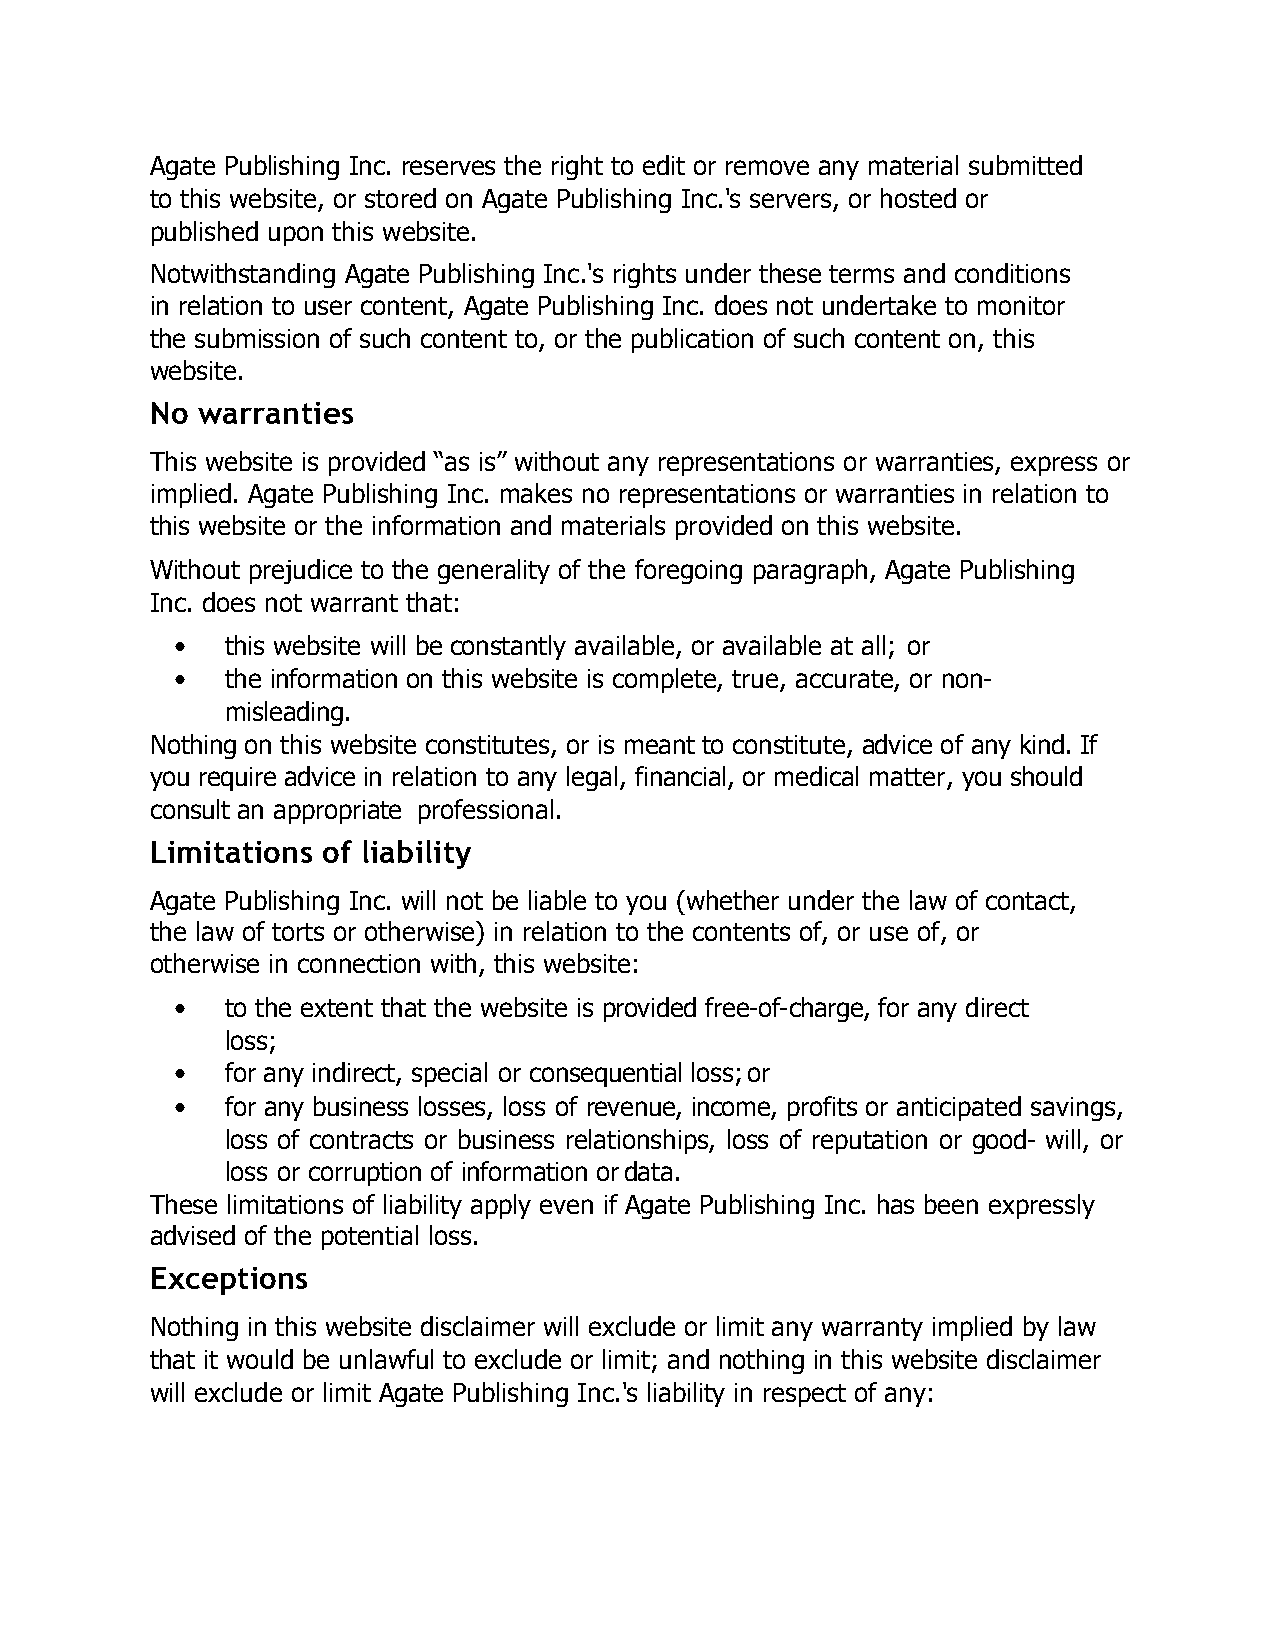
Agate Publishing Inc. reserves the right to edit or remove any material submitted
 to this website, or stored on Agate Publishing Inc.'s servers, or hosted or
 published upon this website.
 Notwithstanding Agate Publishing Inc.'s rights under these terms and conditions
 in relation to user content, Agate Publishing Inc. does not undertake to monitor
 the submission of such content to, or the publication of such content on, this
 website.
 No warranties
 This website is provided “as is” without any representations or warranties, express or
 implied. Agate Publishing Inc. makes no representations or warranties in relation to
 this website or the information and materials provided on this website.
 Without prejudice to the generality of the foregoing paragraph, Agate Publishing
 Inc. does not warrant that:
 •   this website will be constantly available, or available at all; or
 •   the information on this website is complete, true, accurate, or non-
 misleading.
 Nothing on this website constitutes, or is meant to constitute, advice of any kind. If
 you require advice in relation to any legal, financial, or medical matter, you should
 consult an appropriate professional.
 Limitations of liability
 Agate Publishing Inc. will not be liable to you (whether under the law of contact,
 the law of torts or otherwise) in relation to the contents of, or use of, or
 otherwise in connection with, this website:
 •   to the extent that the website is provided free-of-charge, for any direct
 loss;
 •   for any indirect, special or consequential loss; or
 •   for any business losses, loss of revenue, income, profits or anticipated savings,
 loss of contracts or business relationships, loss of reputation or good- will, or
 loss or corruption of information or data.
 These limitations of liability apply even if Agate Publishing Inc. has been expressly
 advised of the potential loss.
 Exceptions
 Nothing in this website disclaimer will exclude or limit any warranty implied by law
 that it would be unlawful to exclude or limit; and nothing in this website disclaimer
 will exclude or limit Agate Publishing Inc.'s liability in respect of any: